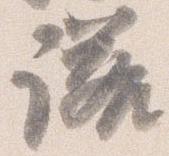
諾